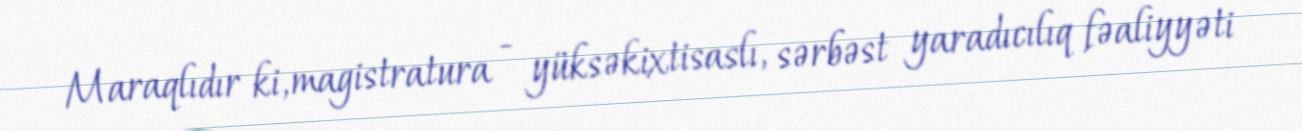
Maraqlıdır ki, magistratura - yüksəkixtisaslı, sərbəst yaradıcılıq fəaliyyəti